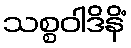
သစ္စဝါဒိနိံ